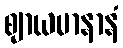
ဈာယမာနာနံ